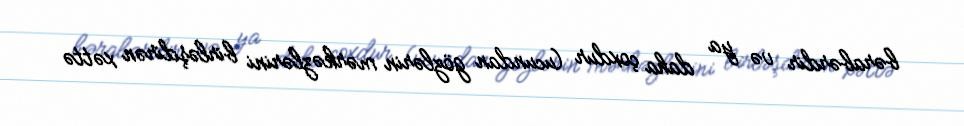
bərabərdir və ya daha çoxdur (ucundan gözlərin mərkəzlərini birləşdirən xəttə